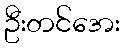
ဦးတင်အေး